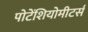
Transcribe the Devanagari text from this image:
पोटेंशियोमीटर्स